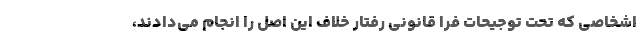
اشخاصی که تحت توجیحات فرا قانونی رفتار خلاف این اصل را انجام می‌دادند،